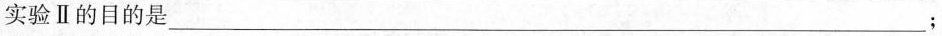
实验Ⅱ的目的是___；